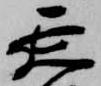
延